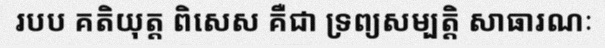
របប គតិយុត្ត ពិសេស គឺជា ទ្រព្យសម្បត្តិ សាធារណៈ